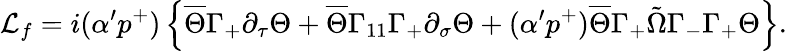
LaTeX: {\cal L}_{f}=i(\alpha^{\prime}p^{+})\left\{ \overline{{{\Theta}}}\Gamma_{+}\partial_{\tau}\Theta+\overline{{{\Theta}}}\Gamma_{11}\Gamma_{+}\partial_{\sigma}\Theta+(\alpha^{\prime}p^{+})\overline{{{\Theta}}}\Gamma_{+}\tilde{\Omega}\Gamma_{-}\Gamma_{+}\Theta\right\} .